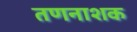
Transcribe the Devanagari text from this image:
तणनाशक